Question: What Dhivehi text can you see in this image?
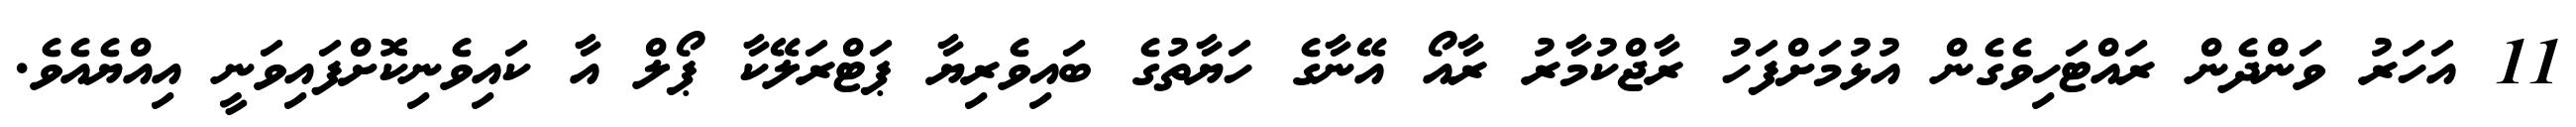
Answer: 11 އަހަރު ވަންދެން ރައްޓަހިވެގެން އުޅުމަށްފަހު ރާޖްކުމާރު ރާއޯ އޭނާގެ ހަޔާތުގެ ބައިވެރިޔާ ޕަޓްރަލޭކާ ޕޯލް އާ ކައިވެނިކޮށްފައިވަނީ އިއްޔެއެވެ.